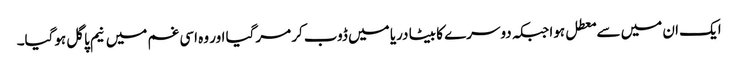
ایک ان میں سے معطل ہوا جبکہ دوسرے کا بیٹا دریا میں ڈوب کر مرگیا اور وہ اسی غم میں نیم پاگل ہوگیا۔